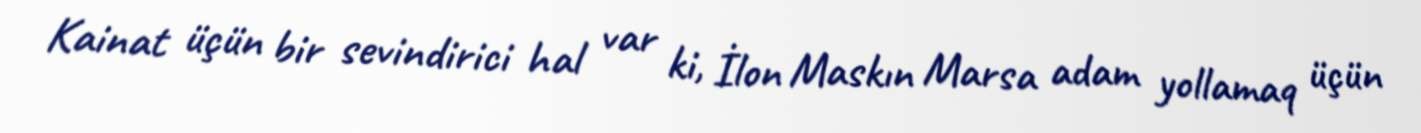
Kainat üçün bir sevindirici hal var ki, İlon Maskın Marsa adam yollamaq üçün